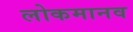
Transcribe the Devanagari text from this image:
लोकमानव